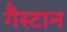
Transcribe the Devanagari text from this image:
गैस्टान